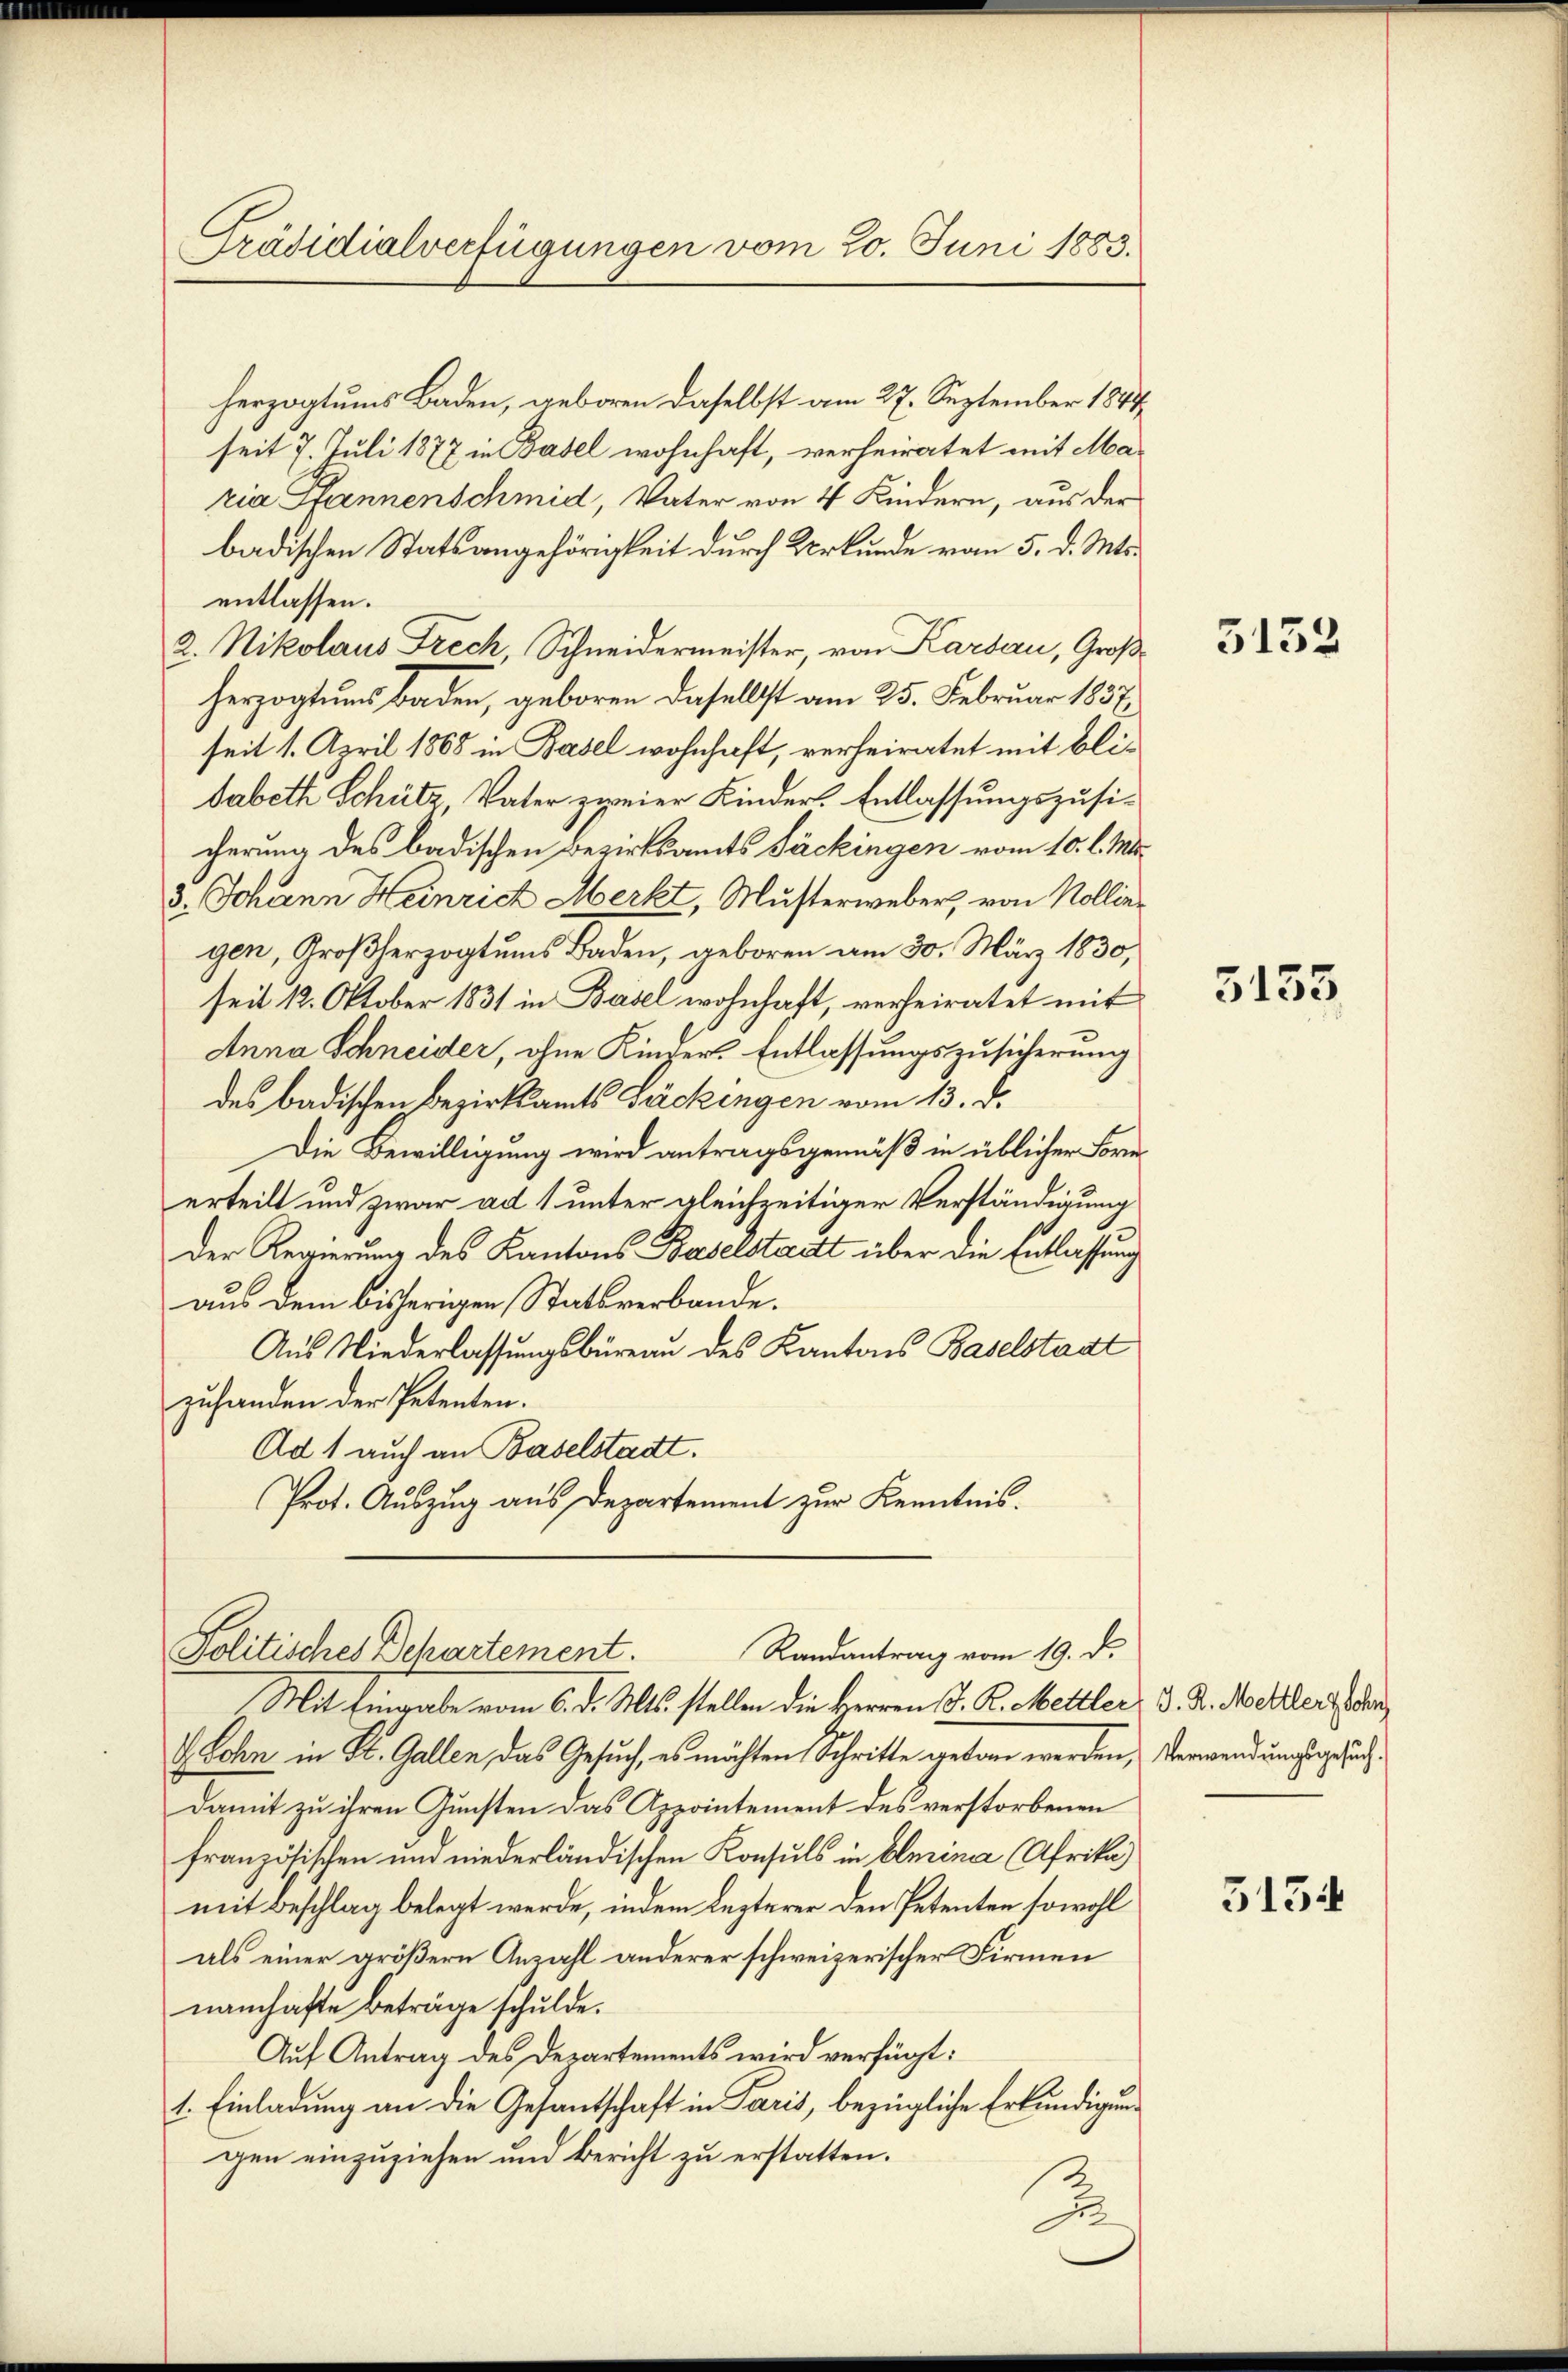
herzogtums Baden, geboren daselbst am 27. September 1844
seit 7. Juli 1877 in Basel wohnhaft, verheiratet mit Maria Pfannenschmid, Vater von 4 Kindern, aus der
badischen Statsangehörigkeit durch Urkunde vom 5. d. Mts.
entlassen.
2. Nikolaus Frech, Schneidermeister, von Kardau, Großherzogtums Baden, geboren daselbst am 25. Februar 1837.
seit 1. April 1868 in Basel wohnhaft, verheiratet mit blisabeth Schütz, Vater zweier Kinder. Entlassungszusicherung des badischen Bezirksamts Päckingen vom 10. l. Mts.
3. Johann Heinrich Merkt, Musterweber, von Kollin
gen, Großherzogtums Baden, geboren am 30. März 1830,
seit 12. Oktober 1831 in Basel wohnhaft, verheiratet mit
Anna Schneider, ohne Kinder-Entlassungszusicherung
des badischen Bezirksamts Säckengen vom 13. d.
Die Bewilligung wird antragsgemäß in üblicher Fornerteilt und zwar ad 1 unter gleichzeitiger Verständigung
Der Regierung des Kantons Baselstadtt über die Entlassung
aus dem bisherigen Statt verbande.
Aus Niederlassungsbüreau des Kantons Baselstadt
zuhanden der Petenten.
Ad 1 auch an Baselstadt.
Prot. Auszug aus Departement zur Kenntnis.

Präsidialverfügungen vom 20. Juni 1883.

Politisches Dehartement.
Randantrag vom 19. d.
Mit Eingabe vom 6. d. Mts. stellen die Herren J. K. Mettler, d. d. Maler zusa

Lohn in St. Gallen das Gesuch, es möchten Schritte getan werden, Verwendungsgesuchdamit zu ihren Gunsten das Appointement des verstorbenen
französischen und niederländischen Konsuls in Clerina (Afrika)
mit Beschlag belegt werde, indem Lezterer den Petenten sowohl
als einer größern Anzahl anderer schweizerischer Firmen
namhafte Beträge schulde.
Auf Antrag des Departements wird verfügt:
1. Einladung an die Gesandtschaft in Paris, bezügliche Erkundigung
gen einzuziehen und Bericht zu erstatten.
2

3132

5133

5134